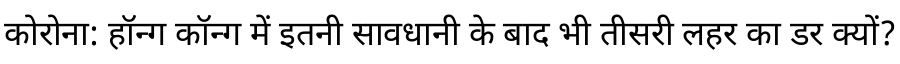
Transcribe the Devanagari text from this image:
कोरोना: हॉन्ग कॉन्ग में इतनी सावधानी के बाद भी तीसरी लहर का डर क्यों?